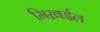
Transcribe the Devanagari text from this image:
मिख़ईल